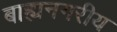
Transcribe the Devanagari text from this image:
बाह्यनगरीय